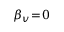
\beta _ { v } \! = \! 0